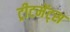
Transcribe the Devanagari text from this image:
ट्रीटमेंट्स